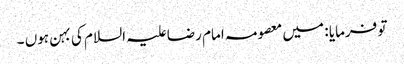
تو فرمایا : میں معصومہ امام رضا علیہ السلام کی بہن ہوں ۔